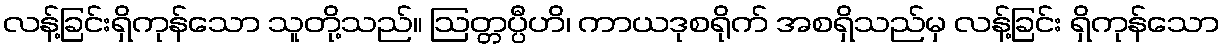
လန့်ခြင်းရှိကုန်သော သူတို့သည်။ ဩတ္တပ္ပီဟိ၊ ကာယဒုစရိုက် အစရှိသည်မှ လန့်ခြင်း ရှိကုန်သော